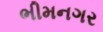
ભીમનગર